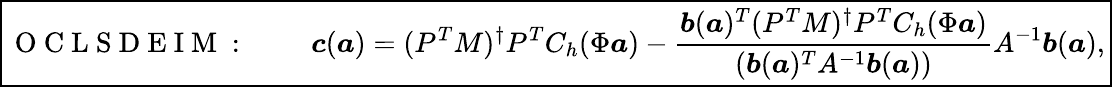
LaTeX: \boxed{\mathrm{~O~C~L~S~D~E~I~M~:~}\qquad\boldsymbol{c}(\boldsymbol{a})=(P^{T}M)^{\dagger}P^{T}C_{h}(\Phi\boldsymbol{a})-\frac{\boldsymbol{b}(\boldsymbol{a})^{T}(P^{T}M)^{\dagger}P^{T}C_{h}(\Phi\boldsymbol{a})}{(\boldsymbol{b}(\boldsymbol{a})^{T}A^{-1}\boldsymbol{b}(\boldsymbol{a}))}A^{-1}\boldsymbol{b}(\boldsymbol{a}),}